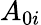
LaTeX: A_{0i}